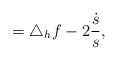
LaTeX: \begin{align*} =\triangle_hf-2\frac{\dot{s}}{s},\end{align*}